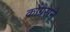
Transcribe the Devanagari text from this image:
कोंग्रेसने